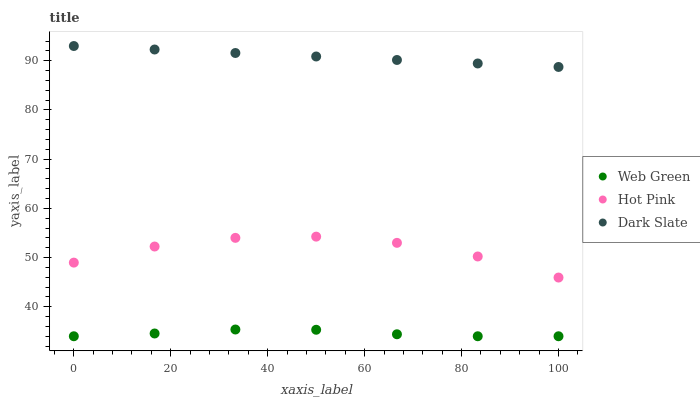
| xaxis_label | Web Green | Hot Pink | Dark Slate |
 | --- | --- | --- | --- |
 | 0 | 34 | 49 | 93 |
 | 16.7 | 34.6 | 52.2 | 92.3 |
 | 33.3 | 35.4 | 54 | 91.6 |
 | 50 | 35.3 | 54.3 | 90.9 |
 | 66.7 | 34.4 | 53 | 90.2 |
 | 83.3 | 34 | 50.2 | 89.5 |
 | 100 | 34 | 45.9 | 88.7 |